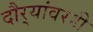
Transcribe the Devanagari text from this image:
दौर्‍यांवरही